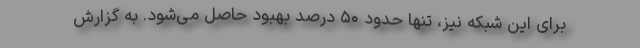
برای این شبکه نیز، تنها حدود ۵۰ درصد بهبود حاصل می‌شود. به گزارش